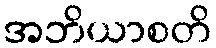
အဘိယာစတိ